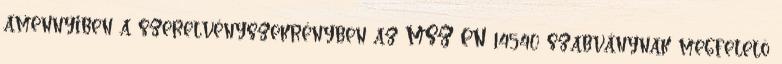
amennyiben a szerelvényszekrényben az MSZ EN 14540 szabványnak megfelelõ